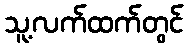
သူ့လက်ထက်တွင်